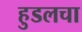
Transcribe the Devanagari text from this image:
हुडलचा